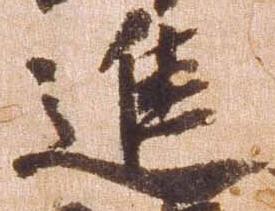
進